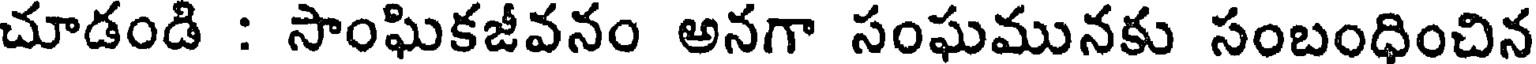
చూడండి : సాంఘికజీవనం అనగా సంఘమునకు సంబంధించిన